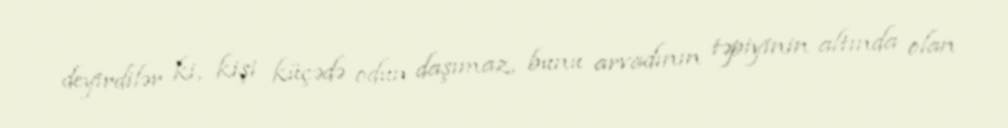
deyirdilər ki, kişi küçədə odun daşımaz, bunu arvadının təpiyinin altında olan